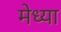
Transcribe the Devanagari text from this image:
मेध्या